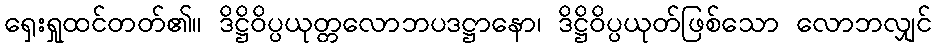
ရှေးရှုထင်တတ်၏။ ဒိဋ္ဌိဝိပ္ပယုတ္တလောဘပဒဋ္ဌာနော၊ ဒိဋ္ဌိဝိပ္ပယုတ်ဖြစ်သော လောဘလျှင်